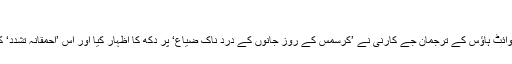
‘
واشنگٹن میں وائٹ ہاؤس کے ترجمان جے کارنی نے ’کرسمس کے روز جانوں کے درد ناک ضیاع‘ پر دُکھ کا اظہار کیا اور اس ’احمقانہ تشدد‘ کی مذمت کی۔